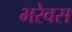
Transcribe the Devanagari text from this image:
भरेवस